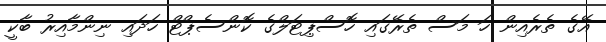
އޭގެ ތެރެއިން ހަ މަސް ތެރޭގައި ހޮސްޕިޓަލްގެ ކޮންސެޕްޓް ހަދައި ނިންމާއިރު ބާކީ